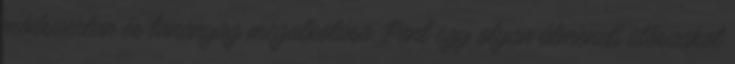
módszertan és tananyag megalkotása. Pont egy olyan átmeneti időszakot